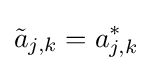
{\tilde {a}}_{j,k}=a_{j,k}^{*}